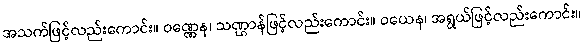
အသက်ဖြင့်လည်းကောင်း။ ဝဏ္ဏေန၊ သဏ္ဌာန်ဖြင့်လည်းကောင်း။ ဝယေန၊ အရွယ်ဖြင့်လည်းကောင်း။